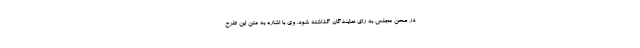
در صحن مجلس به رای نمایندگان گذاشته شود. وی با اشاره به متن این طرح